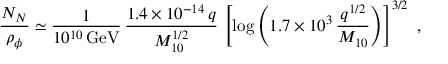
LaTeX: \frac { N _ { N } } { \rho _ { \phi } } \simeq \frac { 1 } { 1 0 ^ { 1 0 } \, \mathrm { { G e V } } } \, \frac { 1 . 4 \times 1 0 ^ { - 1 4 } \, q } { M _ { 1 0 } ^ { 1 / 2 } } \, \left[ \log \left( 1 . 7 \times 1 0 ^ { 3 } \, \frac { q ^ { 1 / 2 } } { M _ { 1 0 } } \right) \right] ^ { 3 / 2 } \, \, ,